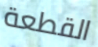
القطعة